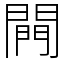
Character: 闁